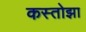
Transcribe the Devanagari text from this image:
कस्तोझा